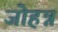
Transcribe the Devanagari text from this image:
जोहन्न